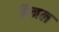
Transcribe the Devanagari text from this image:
कॅनल